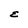
Character: E